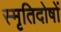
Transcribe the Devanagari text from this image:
स्मृतिदोषों